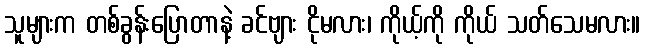
သူများက တစ်ခွန်းပြောတာနဲ့ ခင်ဗျား ငိုမလား၊ ကိုယ့်ကို ကိုယ် သတ်သေမလား။